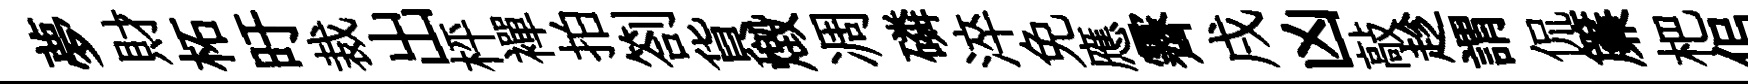
夢財柘旴裁出枰襌拍劄貨燬凋磷淬免應霽戌凶敲趁謂侃簾杷佀